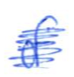
Text: of
Cross-out: scratch
Writing tool: ballpoint